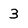
Character: 3